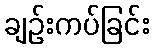
ချဉ်းကပ်ခြင်း